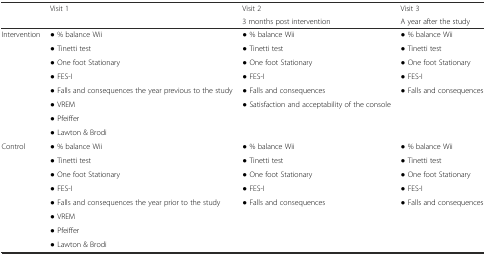
<table><thead><tr><td></td><td><b>Visit 1</b></td><td><b>Visit 2</b></td><td><b>Visit 3</b></td></tr><tr><td></td><td></td><td><b>3 months post intervention</b></td><td><b>A year after the study</b></td></tr></thead><tbody><tr><td>Intervention</td><td>● % balance Wii</td><td>● % balance Wii</td><td>● % balance Wii</td></tr><tr><td></td><td>● Tinetti test</td><td>● Tinetti test</td><td>● Tinetti test</td></tr><tr><td></td><td>● One foot Stationary</td><td>● One foot Stationary</td><td>● One foot Stationary</td></tr><tr><td></td><td>● FES-I</td><td>● FES-I</td><td>● FES-I</td></tr><tr><td></td><td>● Falls and consequences the year previous to the study</td><td>● Falls and consequences</td><td>● Falls and consequences</td></tr><tr><td></td><td>● VREM</td><td>● Satisfaction and acceptability of the console</td><td></td></tr><tr><td></td><td>● Pfeiffer</td><td></td><td></td></tr><tr><td></td><td>● Lawton &amp; Brodi</td><td></td><td></td></tr><tr><td>Control</td><td>● % balance Wii</td><td>● % balance Wii</td><td>● % balance Wii</td></tr><tr><td></td><td>● Tinetti test</td><td>● Tinetti test</td><td>● Tinetti test</td></tr><tr><td></td><td>● One foot Stationary</td><td>● One foot Stationary</td><td>● One foot Stationary</td></tr><tr><td></td><td>● FES-I</td><td>● FES-I</td><td>● FES-I</td></tr><tr><td></td><td>● Falls and consequences the year prior to the study</td><td>● Falls and consequences</td><td>● Falls and consequences</td></tr><tr><td></td><td>● VREM</td><td></td><td></td></tr><tr><td></td><td>● Pfeiffer</td><td></td><td></td></tr><tr><td></td><td>● Lawton &amp; Brodi</td><td></td><td></td></tr></tbody></table>